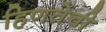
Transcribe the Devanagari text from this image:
हिणतेची